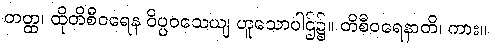
တတ္ထ၊ ထိုတိစီဝရေန ဝိပ္ပဝသေယျ ဟူသောပါဌ်၌။ တိစီဝရေနာတိ၊ ကား။